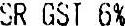
SR GST 6%